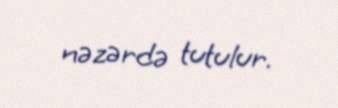
nəzərdə tutulur.